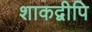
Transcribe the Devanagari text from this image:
शाकद्वीपि